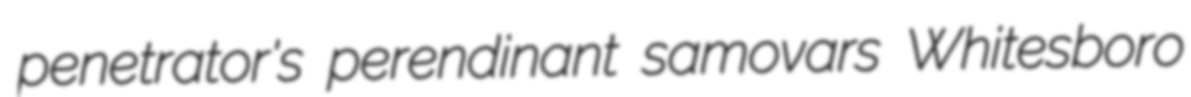
penetrator's perendinant samovars Whitesboro